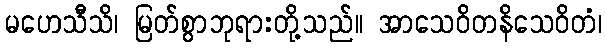
မဟေသီသိ၊ မြတ်စွာဘုရားတို့သည်။ အာသေဝိတနိသေဝိတံ၊